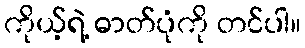
ကိုယ့်ရဲ့ ဓာတ်ပုံကို တင်ပါ။